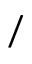
/